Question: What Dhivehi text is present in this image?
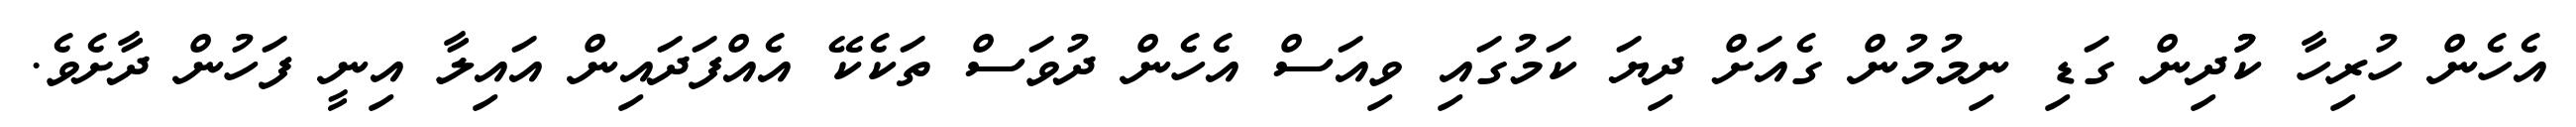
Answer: އެހެން ހުރިހާ ކުުދިން ގަޑި ނިމުމުން ގެއަށް ދިޔަ ކަމުގައި ވިއަސް އެހެން ދުވަސް ތަކެކޭ އެއްފަދައިން އައިލާ އިނީ ފަހުން ދާށެވެ.